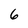
Character: 6